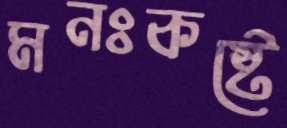
মনঃকষ্টে